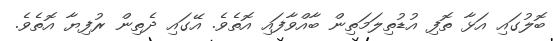
ބޮލުގައި އަޅާ ތޮފި އުޑުތިލަމަތިން ބާއްވާފައި އޮތެވެ. އޭގައި ދެތިން ރުފިޔާ އޮތެވެ.